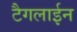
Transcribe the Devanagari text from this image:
टैगलाईन